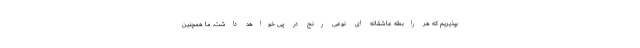
بپذیریم که هر رابطه عاشقانه ای نوعی رنج در پی خواهد داشت. ما همچنین